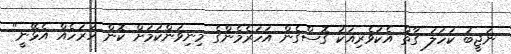
ނަޖީބު ކަހަލަ ގާތް އެކުވެރިއަކު ގޮސްގެން އަހަރެމެންގެ މިނިވަންކަމަށް ކޮން ހުރަހެއް އެޅޭނީ"